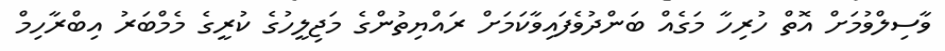
ވާސިލްވުމަށް އޮތް ހުރިހާ މަގެއް ބަންދުވެފައިވާކަމަށް ރައްޔިތުންގެ މަޖިލީހުގެ ކުރީގެ މެމްބަރު އިބްރާހިމް